Annual report on the health of the army in India
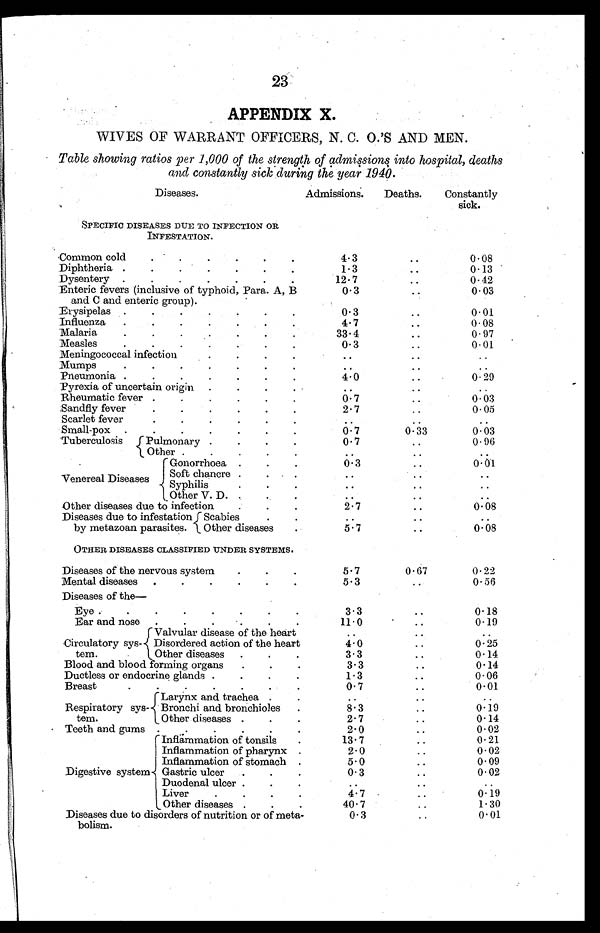
23
APPENDIX X.
WIVES OF WARRANT OFFICERS, N. C. O.'S AND MEN.
Table showing ratios per 1,000 of the strength of admissions into hospital, deaths
and constantly sick during the year 1940.
Diseases.
Admissions.
Deaths.
Constantly
sick.
SPECIFIC DISEASES DUE TO INFECTION OR
INFESTATION.
Common cold
4 . 3
. .
0.08
Diphtheria
1.3
. .
0.13
Dysentery
12.7
. .
0.42
Enteric fevers (inclusive of typhoid, Para. A, B
and C and enteric group)
0.3 ..
0.03
Erysipelas
0.3
. .
0.01
Influenza
4.7
. .
0.08
Malaria
33.4
. .
0.97
Measles
0.3 ..
0.01
Meningococcal infection
. .
. .
..
Mumps
. . .
.
. .
. .
Pneumonia
4.0
. .
0.29
Pyrexia of uncertain origin
...
. .
. .
Rheumatic fever
0.7.
. .
0.03
Sandfly fever
2 . 7
. .
0.05
Scarlet fever
. .
. .
. .
Small-pox
0.7
0.33
0.03
Tuberculosis
Pulmonary
0 . 7
. .
0.96
Other
. .
. .
. .
Venereal Diseases
Gonorrhoea
0.3
. .
0.01
Soft chancre
. .
. .
. .
Syphilis
. .
. .
. .
Other V. D.
. .
. .
. .
Other diseases due to infection
2.7
. .
0.08
Diseases due to infestation
by metazoan parasites.
Scabies
. .
..
. .
Other diseases
5.7
..
0.08
OTHER DISEASES CLASSIFIED UNDER SYSTEMS.
Diseases of the nervous system
5.7
0.67
0. 22
Mental diseases
5.3
. .
0. 56
Diseases of the
—
Eye
3.3
..
0.18
Ear and nose
11.0
..
0.19
Circulatory sys-
tem.
Valvular disease of the heart
.
. ..
. .
Disordered action of the heart
4.0
..
0.25
Other diseases
3.3
..
0.14
Blood and blood forming organs
3.3
. .
0.14
Ductless or endocrine glands
1.3
..
0.06
Breast
0.7
..
0.01
Respiratory sys-
tem.
Larynx and trachea
. .
. .
. .
Bronchi and bronchioles
8.3 ..
0.19
Other diseases
2.7
..
0.14
Teeth and gums
2.0
..
0.02
Digestive system
Inflammation of tonsils
13.7
. .
0.21
Inflammation of pharynx
2.0
..
0 . 0 2
Inflammation of stomach
5.0
..
0.09
Gastric ulcer
0.3
..
0.02
Duodenal ulcer
. .
..
. .
Liver
4.7 ..
0.19
Other diseases
40.7
. .
1.30
Diseases due to disorders of nutrition or of meta-
bolism.
0.3
. .
0.01